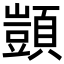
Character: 顗